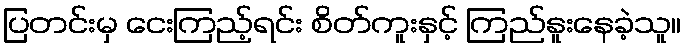
ပြတင်းမှ ငေးကြည့်ရင်း စိတ်ကူးနှင့် ကြည်နူးနေခဲ့သူ။